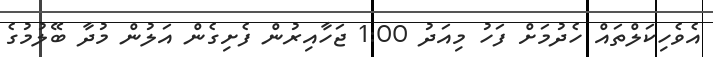
އެވެހިކަލްތައް ހެދުމަށް ފަހު މިއަދު 1:00 ޖަހާއިރުން ފެށިގެން އަލުން މުދާ ބޭލުމުގެ